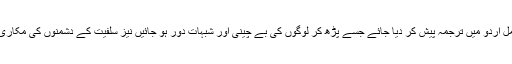
لہذا مناسب سمجھا گیا ہے کہ محمد بن سلمان کے اس انٹرویو کا مکمل اردو میں ترجمہ پیش کر دیا جائے جسے پڑھ کر لوگوں کی بے چینی اور شبہات دور ہو جائیں نیز سلفیت کے دشمنوں کی مکاری، فریب کاری، دشمنی اور دجل و دروغ کا پردہ بھی چاک ہو جائے۔